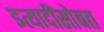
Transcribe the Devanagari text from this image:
इत्यादींसोबत